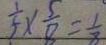
\frac { 1 } { 5 } \times \frac { 5 } { 8 } = \frac { 1 } { 8 }